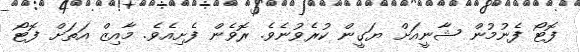
ފޮޓޯ ފެނުމުން ޝާނީއަށް ޔަގީން ކުރެވުނެވެ. ރޮވެން ފެށިއެވެ. މާއިޒް އަތަށް ފޮޓޯ